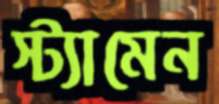
স্ট্যামেন